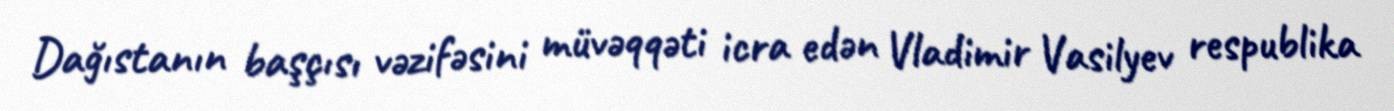
Dağıstanın başçısı vəzifəsini müvəqqəti icra edən Vladimir Vasilyev respublika